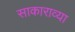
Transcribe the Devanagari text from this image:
साकाराव्या